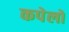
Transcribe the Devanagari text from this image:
कपेलो